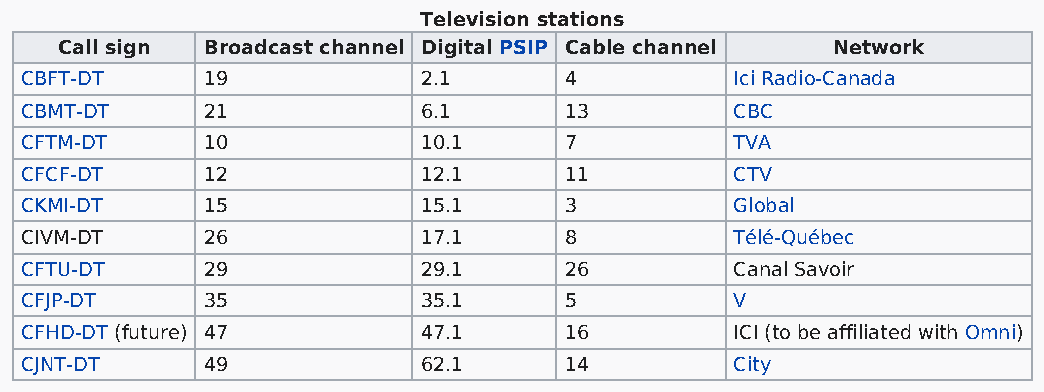
Television stations
 Call sign Broadcast channel Digital PSIP Cable channel Network
 CBFT-DT     19             2.1      4           Ici Radio-Canada
 CBMT-DT     21             6.1      13          CBC
 CFTM-DT     10             10.1     7           TVA
 CFCF-DT     12             12.1     11          CTV
 CKMI-DT     15             15.1     3           Global
 CIVM-DT     26             17.1     8           Télé-Québec
 CFTU-DT     29             29.1     26          Canal Savoir
 CFJP-DT     35             35.1     5           V
 CFHD-DT (future) 47        47.1     16          ICI (to be affiliated with Omni)
 CJNT-DT     49             62.1     14          City